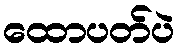
ထောပတ်ပဲ